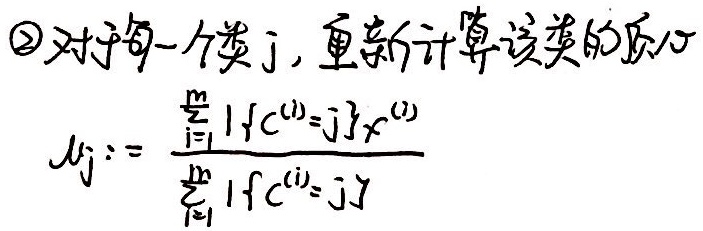
对于每一个类 \(j\)，重新计算该类的质心
\[\mu_{j}:=\frac{\sum_{i = 1}^{m}1\left\{c^{(i)} = j\right\}x^{(i)}}{\sum_{i = 1}^{m}1\left\{c^{(i)} = j\right\}}\]